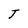
Character: T